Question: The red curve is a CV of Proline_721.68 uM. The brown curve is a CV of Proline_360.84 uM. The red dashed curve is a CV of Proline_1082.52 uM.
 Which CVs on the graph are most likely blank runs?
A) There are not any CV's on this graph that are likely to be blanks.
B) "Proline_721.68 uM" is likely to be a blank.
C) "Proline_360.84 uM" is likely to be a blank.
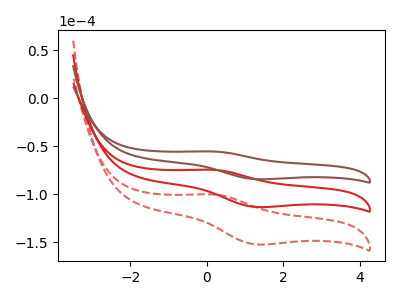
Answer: <think>The red curve "Proline_721.68 uM" has an anodic peak at (0.15V, -74.70uA) and a cathodic peak at (1.30V, -113.45uA). The brown curve "Proline_360.84 uM" has an anodic peak at (0.15V, -55.60uA) and a cathodic peak at (1.30V, -84.45uA). The red dashed curve "Proline_1082.52 uM" has an anodic peak at (0.15V, -149.40uA) and a cathodic peak at (1.30V, -226.85uA).</think>
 <answer>A) There are not any CV's on this graph that are likely to be blanks.</answer>
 <eval>A</eval>